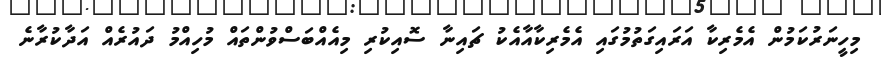
މިހީނަރުކަމުން އެމެރިކާ އަރައިގަތުމުގައި އެމެރިކާއާއެކު ޗައިނާ ސޮއިކުރި މިއެއްބަސްވުންތައް މުހިއްމު ދައުރެއް އަދާކުރާނެ